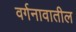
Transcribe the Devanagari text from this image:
वर्गनावातील